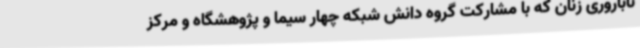
ناباروری زنان که با مشارکت گروه دانش شبکه چهار سیما و پژوهشگاه و مرکز